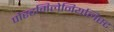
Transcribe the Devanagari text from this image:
पोस्टमिलेनियलिस्ट